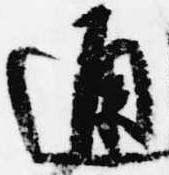
通